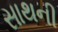
સાથની